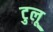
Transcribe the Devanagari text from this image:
टुलू